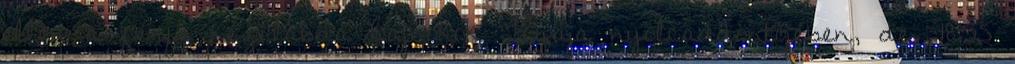
ellen a férfi kézilabda Bajnokok Ligája nyolcaddöntőjében, de. 18:35